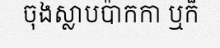
ចុងស្លាបប៉ាកកា ឬក៏